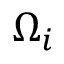
\Omega _ { i }